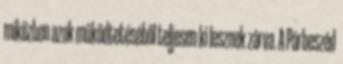
miközben azok működtetéséből teljesen ki lesznek zárva. A Párbeszéd